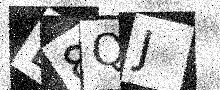
Text: E8QJ